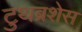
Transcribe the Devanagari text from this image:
टुथब्रशेस